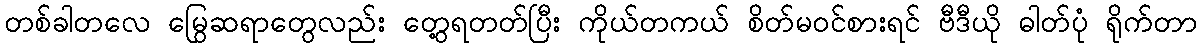
တစ်ခါတလေ မြွေဆရာတွေလည်း တွေ့ရတတ်ပြီး ကိုယ်တကယ် စိတ်မဝင်စားရင် ဗီဒီယို ဓါတ်ပုံ ရိုက်တာ